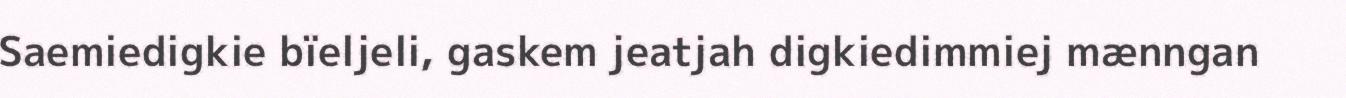
Saemiedigkie bïeljeli, gaskem jeatjah digkiedimmiej mænngan